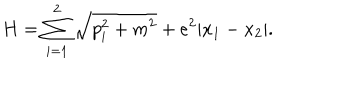
H = \sum _ { i = 1 } ^ { 2 } \sqrt { p _ { i } ^ { 2 } + m ^ { 2 } } + e ^ { 2 } | x _ { 1 } - x _ { 2 } | .